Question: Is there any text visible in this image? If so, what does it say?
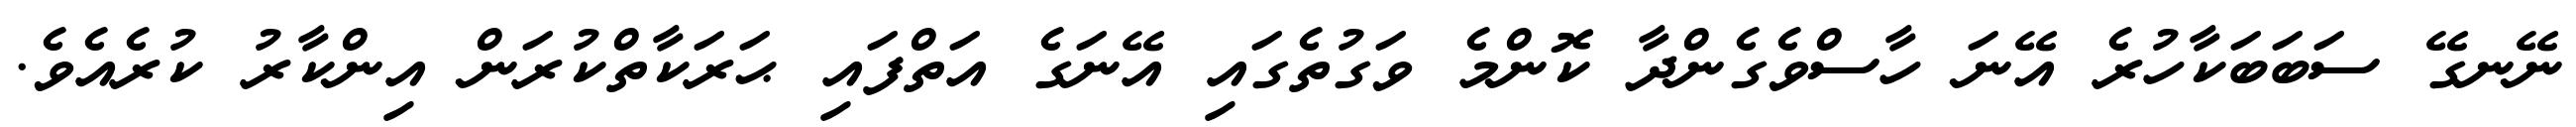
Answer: ނޭނގޭ ސަބަބަކާހުރެ އޭނަ ހާސްވެގެންދާ ކޮންމެ ވަގުތެގައި އޭނަގެ އަތްފައި ޙަރަކާތްކުރަން އިންކާރު ކުރެއެވެ.